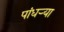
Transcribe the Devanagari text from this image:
पांधर्‍या